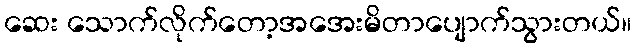
ဆေး သောက်လိုက်တော့အအေးမိတာပျောက်သွားတယ်။